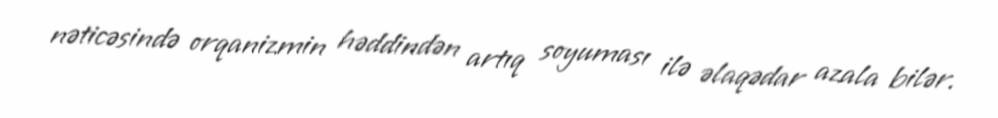
nəticəsində orqanizmin həddindən artıq soyuması ilə əlaqədar azala bilər.